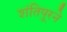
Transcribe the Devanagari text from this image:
शंतिपूरने